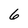
Character: 6